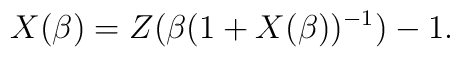
X(\beta) = Z(\beta(1+X(\beta))^{-1}) -1 .